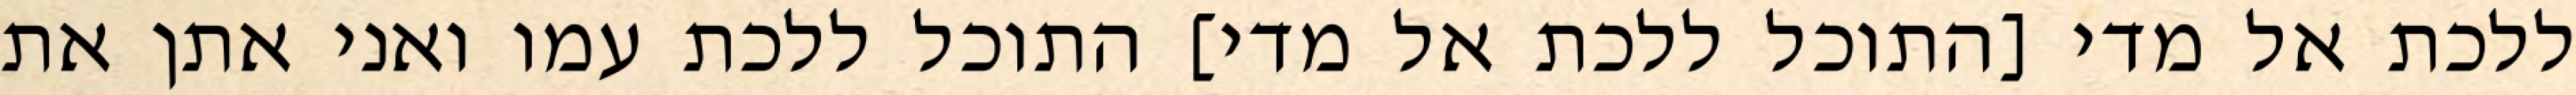
ללכת אל מדי [התוכל ללכת אל מדי] התוכל ללכת עמו ואני אתן את